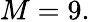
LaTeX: M=9.